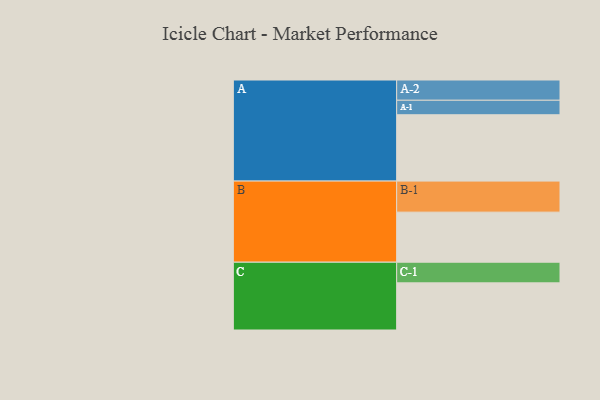
{"axis": {"x": "Segment", "y": "Value"}, "legend": ["", "A", "B", "C"], "data": [{"x": "A", "y": 498, "type": ""}, {"x": "B", "y": 376, "type": ""}, {"x": "C", "y": 354, "type": ""}, {"x": "A-1", "y": 109, "type": "A"}, {"x": "A-2", "y": 152, "type": "A"}, {"x": "B-1", "y": 233, "type": "B"}, {"x": "C-1", "y": 155, "type": "C"}]}